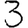
Digit: 3